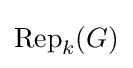
{\text{Rep}}_{k}(G)